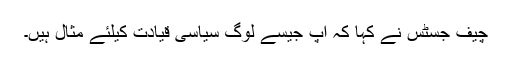
چیف جسٹس نے کہا کہ آپ جیسے لوگ سیاسی قیادت کیلئے مثال ہیں۔